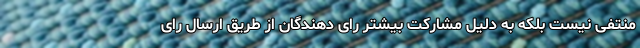
منتفی نیست بلکه به دلیل مشارکت بیشتر رای دهندگان از طریق ارسال رای